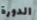
الدورة